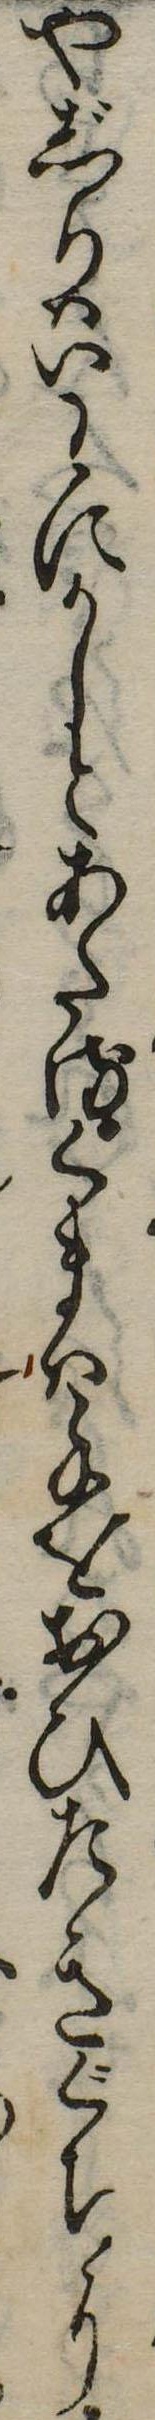
やじりはいわにかしとあたるくまは手をおひたきぐちに